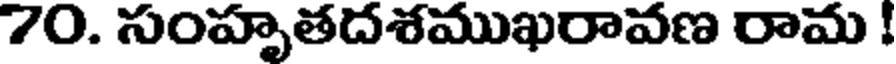
70. సంహృతదశముఖరావణ రామ !